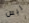
ليس